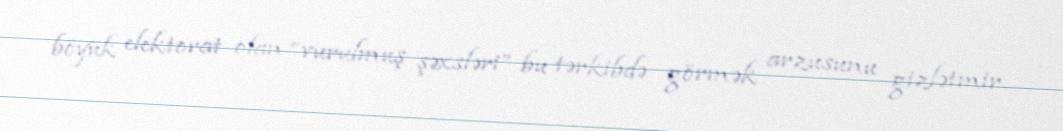
böyük elektorat olan “vurulmuş şəxsləri” bu tərkibdə görmək arzusunu gizlətmir.